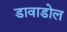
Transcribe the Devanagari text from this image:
डावाडोल